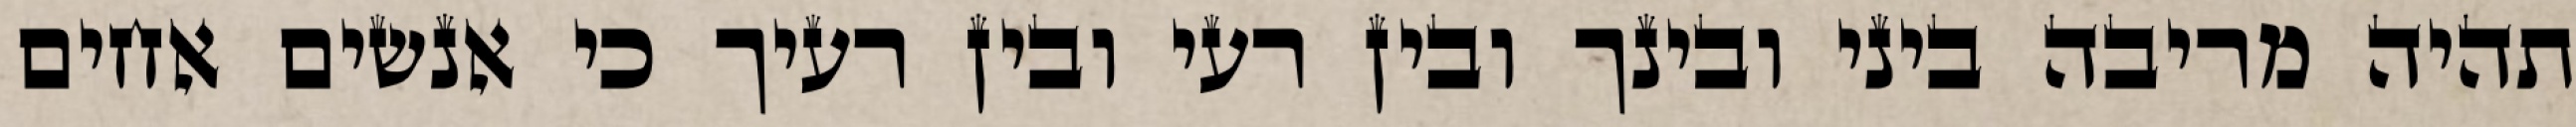
תהיה מריבה ביני ובינך ובין רעי ובין רעיך כי אנשים אחים